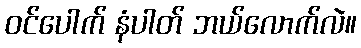
ဝင်ပေါက် နံပါတ် ဘယ်လောက်လဲ။